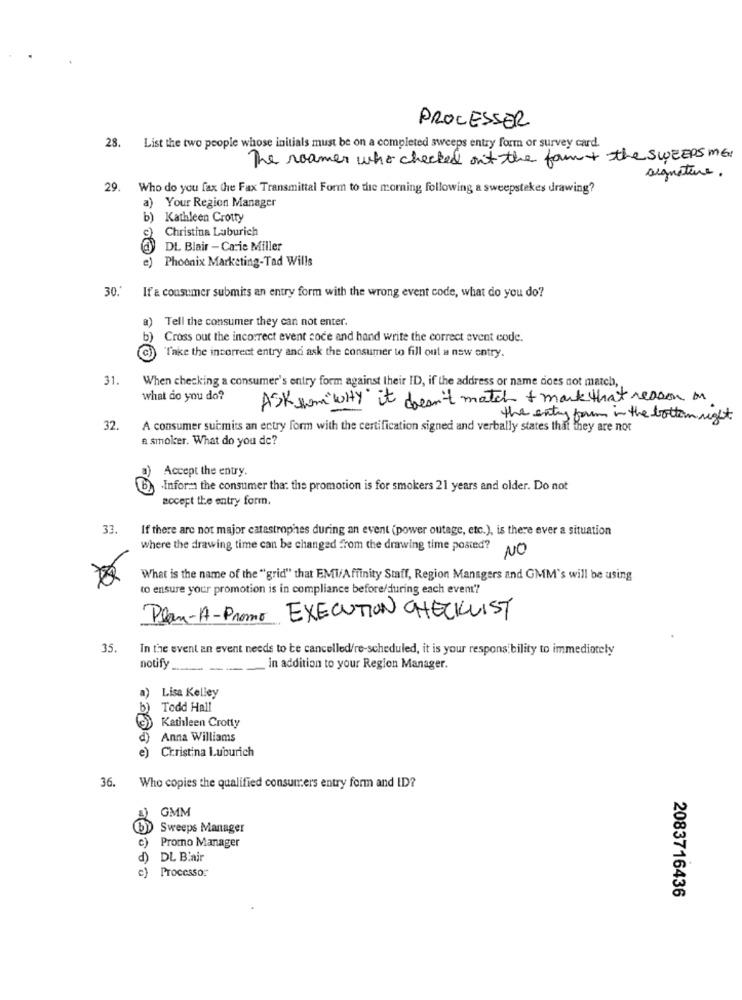
PROCESSER
28. List the two people whose initials must be on a completed sweeps entry form or survey card.
The roomer who checked out the form + the SWEEPS ME
signature.
29. Who do you fax the Fax Transmittal Form to the morning following a sweepstakes drawing?
a) Your Region Manager
)Kathleen Crotty
Christina Laburich
DL Blair - Carie Miller
Phoenix Marketing-Tad Wills
e)
30 .*
If & consumer submits an entry form with the wrong event code, what do you do?
)Tell the consumer they can not enter.
b)
Cross out the incorrect event code and hand write the correct event code.
"Take the incorrect entry and ask the consumer to fill out a new entry.
31.
When checking a consumer's entry form against their ID, if the address or name does not match,
what do you do?
ASK som"WHY it doesn't match + mark that reason on
the entry forum in the bottom right.
32.
A consumer submits an entry form with the certification signed and verbally states that they are not
a smoker. What do you de?
Accept the entry.
b
.Inform the consumer tha: the promotion is for smokers 21 years and older. Do not
accept the entry form.
33.
If there are not major catastrophes during an event (power outage, etc.), is there ever a situation
where the drawing time can be changed from the drawing time posted?
NO
What is the name of the "grid" that EMIAffinity Staff, Region Managers and GMM's will be using
to ensure your promotion is in compliance before/during each event'?
Plan-A-Promo EXECUTION CHECKLIST
35.
In the event an event needs to be cancelled/re-scheduled, it is your responsibility to immediately
notify _.......
in addition to your Region Manager.
a)
Lisa Kelley
b)
Todd Hall
Kathleen Crotty
Anna Williams
Christina Luburich
36. Who copies the qualified consumers entry form and ID?
GMM
Sweeps Manager
c)
Promo Manager
d) DL Biair
c) ProCCSSO!
2083716436